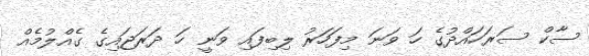
ސާކް ސަރަހައްދުގެ ހަ ވަނަ މިފަހަރު ލިބިފައި ވަނީ ހަ ދަރަޖައިގެ ގެއްލުމެއް